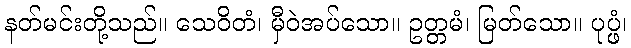
နတ်မင်းတို့သည်။ သေဝိတံ၊ မှီဝဲအပ်သော။ ဥတ္တမံ၊ မြတ်သော။ ပုပ္ဖံ၊